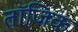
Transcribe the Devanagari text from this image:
तॉजिक